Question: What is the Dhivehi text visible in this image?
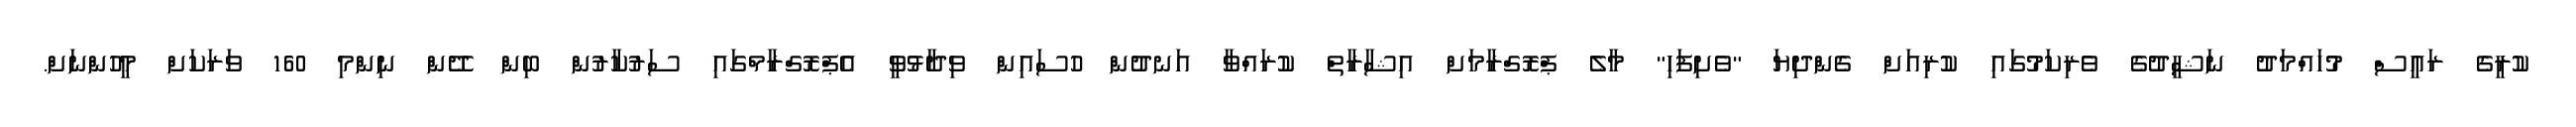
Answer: ކުރީގެ ރައީސް މުހައްމަދު ނަޝީދުގެ ވެރިކަމުގައި ކުރިއަށް ގެންދިޔަ "ވެށިފަހި" މާލެ ޕްރޮގްރާމަށް އިޝާރާތް ކުރައްވާ އަނދުން ހުސައިން ވިދާޅުވީ އެޕްރޮގްރާމްގައި ސަރުކާރުން ބިން ދޭން ނިންމި 160 ވަރަކަށް މީހުންނަށް.